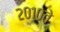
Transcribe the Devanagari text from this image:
२०१०ते